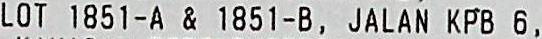
LOT 1851-A & 1851-B, JALAN KPB 6,